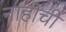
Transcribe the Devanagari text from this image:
नाहीची